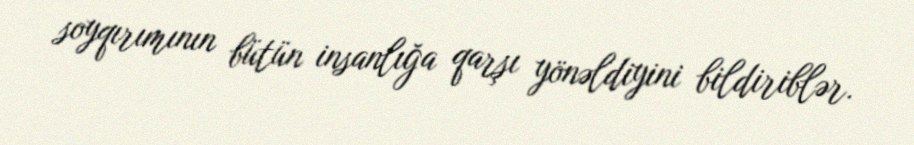
soyqırımının bütün insanlığa qarşı yönəldiyini bildiriblər.